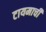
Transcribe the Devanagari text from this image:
टायमाची